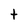
Character: t